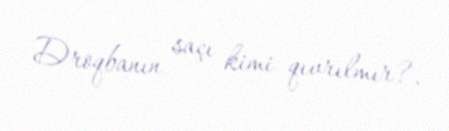
Droqbanın saçı kimi qıvrılmır?.